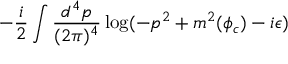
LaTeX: - \frac { i } { 2 } \int \frac { d ^ { 4 } p } { ( 2 \pi ) ^ { 4 } } \log ( - p ^ { 2 } + m ^ { 2 } ( \phi _ { c } ) - i \epsilon )